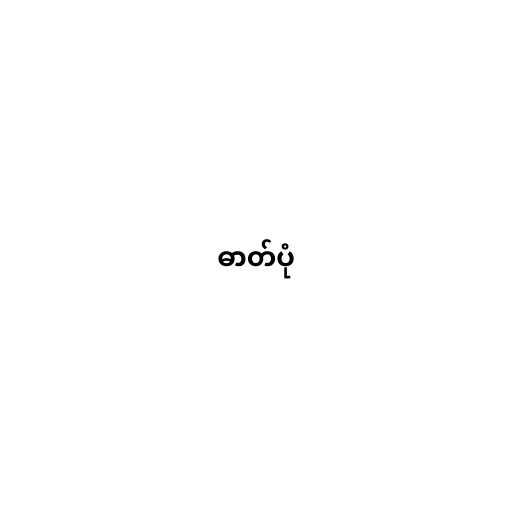
ဓာတ်ပုံ